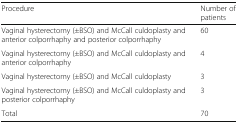
<table><thead><tr><td><b>Procedure</b></td><td><b>Number of patients</b></td></tr></thead><tbody><tr><td>Vaginal hysterectomy (±BSO) and McCall culdoplasty and anterior colporrhaphy and posterior colporrhaphy</td><td>60</td></tr><tr><td>Vaginal hysterectomy (±BSO) and McCall culdoplasty and anterior colporrhaphy</td><td>4</td></tr><tr><td>Vaginal hysterectomy (±BSO) and McCall culdoplasty</td><td>3</td></tr><tr><td>Vaginal hysterectomy (±BSO) and McCall culdoplasty and posterior colporrhaphy</td><td>3</td></tr><tr><td>Total</td><td>70</td></tr></tbody></table>